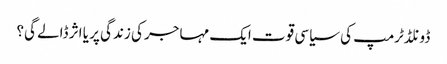
ڈونلڈٹرمپ کی سیاسی قوت ایک مہاجر کی زندگی پر یا اثر ڈالے گی؟